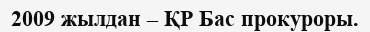
2009 жылдан – ҚР Бас прокуроры.